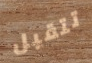
تتقبل